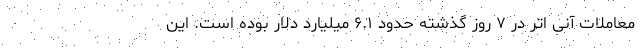
معاملات آنی اتر در ۷ روز گذشته حدود ۶.۱ میلیارد دلار بوده است. این